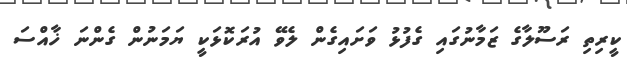
ކީރިތި ރަސޫލާގެ ޒަމާނުގައި ގެފުޅު ވަށައިގެން ލެވޭ އުރަކޮޅަކީ ޔަމަނުން ގެންނަ ޚާއްސަ